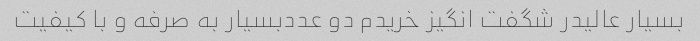
بسیار عالیدر شگفت انگیز خریدم دو عددبسیار به صرفه و با کیفیت